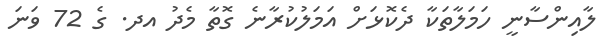
ލާއިންސާނީ ހަމަލާތަކާ ދެކޮޅަށް އަމަލުކުރާނެ ގޮތާ މެދު އދ. ގެ 72 ވަނަ